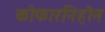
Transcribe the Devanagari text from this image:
कोफारनिहोन